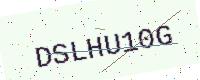
Text: DSLHU10G